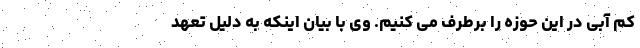
کم آبی در این حوزه را برطرف می کنیم. وی با بیان اینکه به دلیل تعهد